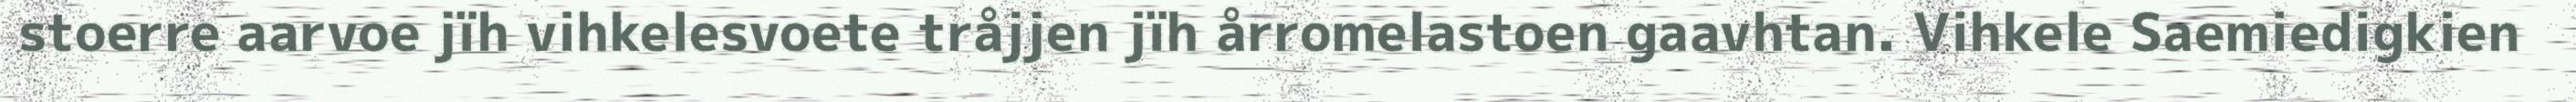
stoerre aarvoe jïh vihkelesvoete tråjjen jïh årromelastoen gaavhtan. Vihkele Saemiedigkien